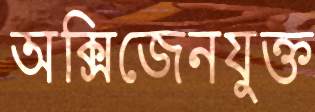
অক্সিজেনযুক্ত